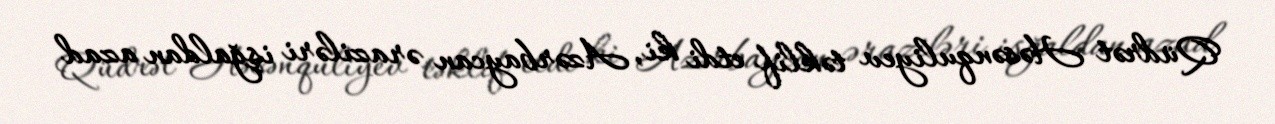
Qüdrət Həsənquliyev təklif etdi ki, Azərbaycan əraziləri işğaldan azad